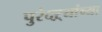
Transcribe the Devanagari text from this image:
पुरंदऱ्यांच्या